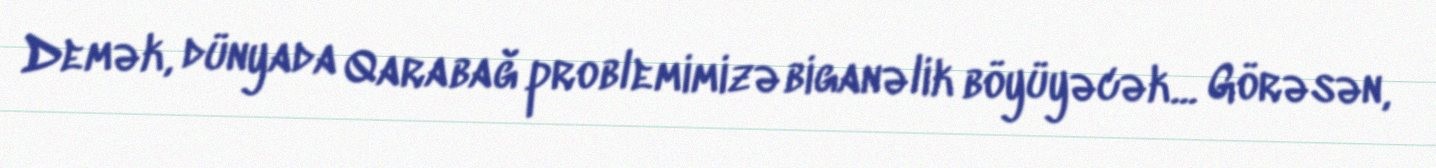
Demək, dünyada Qarabağ problemimizə biganəlik böyüyəcək... Görəsən,